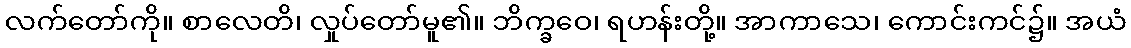
လက်တော်ကို။ စာလေတိ၊ လှုပ်တော်မူ၏။ ဘိက္ခဝေ၊ ရဟန်းတို့။ အာကာသေ၊ ကောင်းကင်၌။ အယံ